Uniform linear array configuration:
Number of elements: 32
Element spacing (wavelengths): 0.75
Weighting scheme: kaiser
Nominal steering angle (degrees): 30
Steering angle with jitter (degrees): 30.834
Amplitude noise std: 0.05
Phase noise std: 0.05

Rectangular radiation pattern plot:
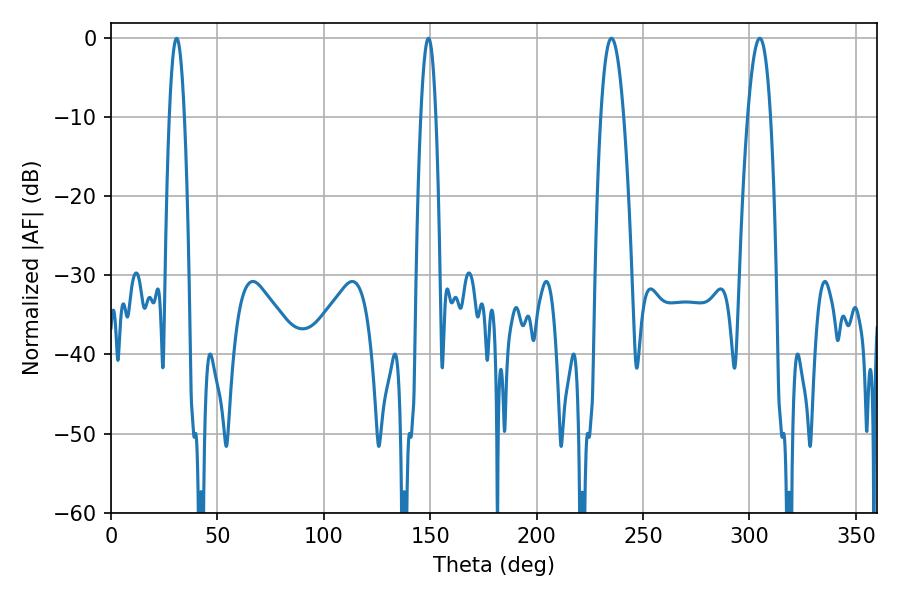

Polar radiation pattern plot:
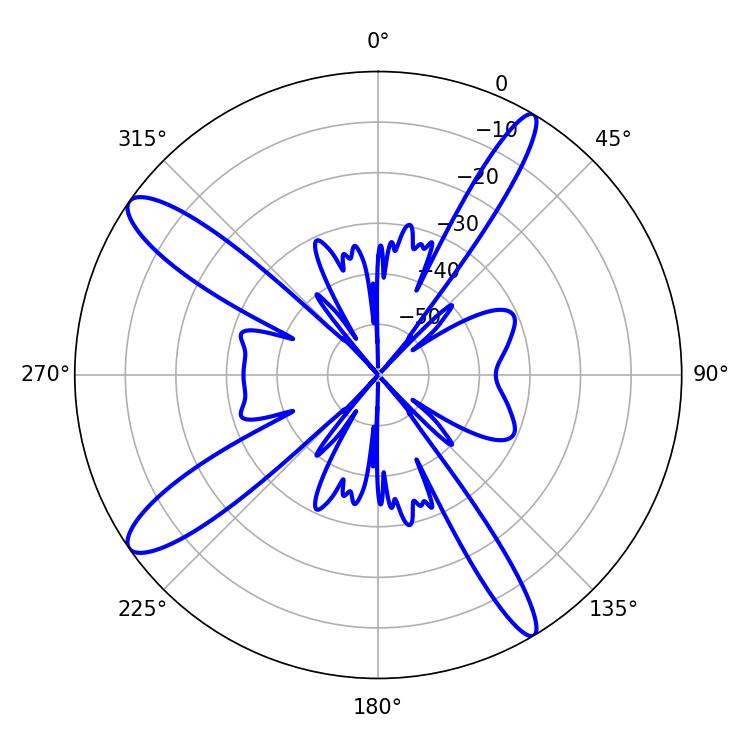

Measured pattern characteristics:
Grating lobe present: TRUE
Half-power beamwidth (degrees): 5.76
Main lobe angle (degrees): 235.08